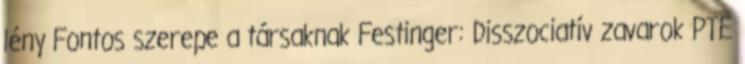
lény Fontos szerepe a társaknak Festinger: Disszociatív zavarok PTE